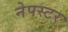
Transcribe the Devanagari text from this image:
नेपस्टर